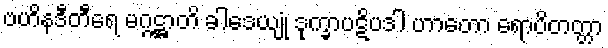
ဗဟိနဒီတီရေ မဂ္ဂဋ္ဌာတိ ခါဒေယျုံ ဒုက္ခာပဋိပဒါ ဟာတော ရောပိတတ္တာ